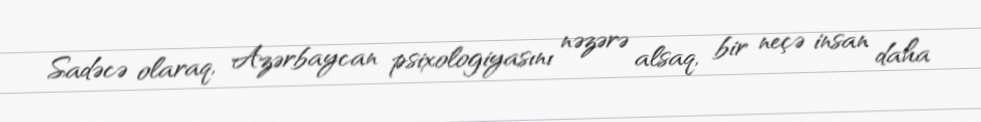
Sadəcə olaraq, Azərbaycan psixologiyasını nəzərə alsaq, bir neçə insan daha